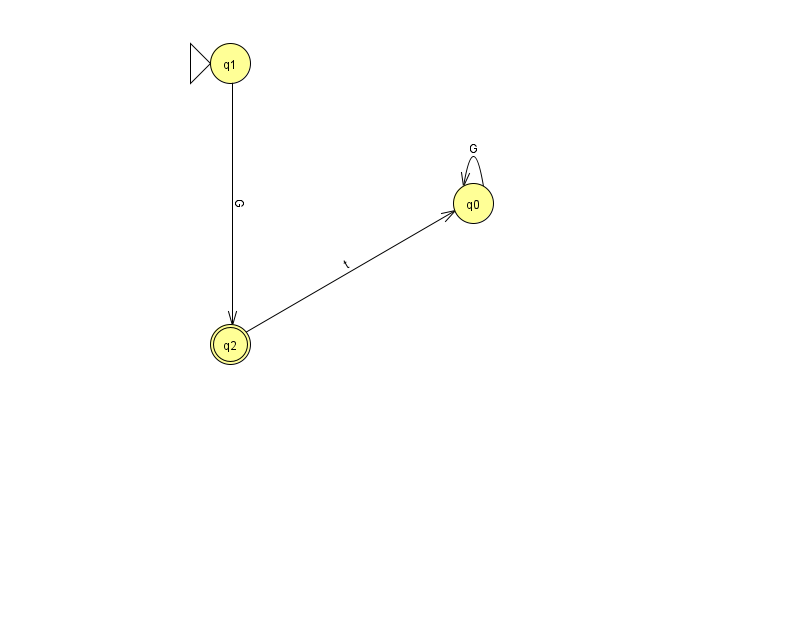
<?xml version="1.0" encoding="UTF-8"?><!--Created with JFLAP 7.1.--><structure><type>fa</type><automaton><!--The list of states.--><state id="0" name="q0"><x>473.0</x><y>190.0</y></state><state id="1" name="q1"><x>230.0</x><y>50.0</y><initial/></state><state id="2" name="q2"><x>230.0</x><y>331.0</y><final/></state><!--The list of transitions.--><transition><from>2</from><to>0</to><read>t</read></transition><transition><from>1</from><to>2</to><read>G</read></transition><transition><from>0</from><to>0</to><read>G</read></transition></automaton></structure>